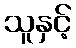
သူနှင့်